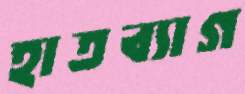
হাতব্যাগ